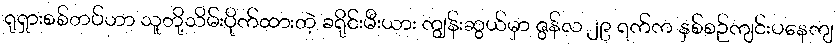
ရုရှားစစ်တပ်ဟာ သူတို့သိမ်းပိုက်ထားတဲ့ ခရိုင်းမီးယား ကျွန်းဆွယ်မှာ ဇွန်လ ၂၉ ရက်က နှစ်စဉ်ကျင်းပနေကျ